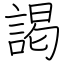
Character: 謁